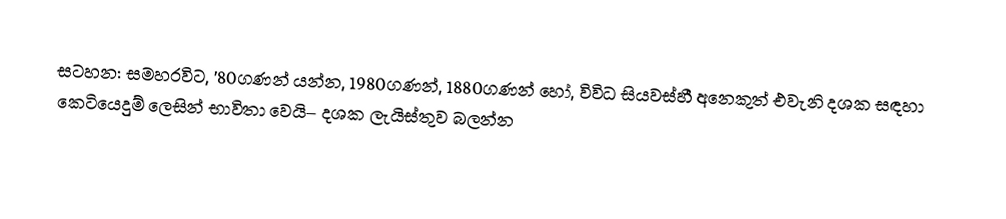
සටහන: සමහරවිට,  '80ගණන් යන්න, 1980ගණන්, 1880ගණන් හෝ, විවිධ සියවස්හී අනෙකුත් එවැනි දශක සඳහා කෙටියෙදුම් ලෙසින් භාවිතා වෙයි– දශක ලැයිස්තුව බලන්න